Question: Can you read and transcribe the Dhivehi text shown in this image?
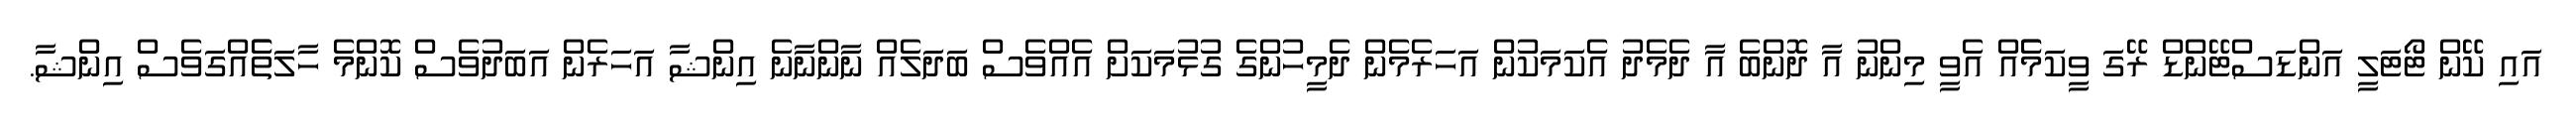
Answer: އައި ކޭން ޓޯޓަލީ އަންޑަސްޓޭންޑް ރޭގަ ވީކަމެެއް އެވީ މިންނު އާ ދޮންބެ އާ ދެމެދު އެކަމަކުން އަހަރެމެން ދެމީހުންގެ ގުޅުމަކަށް އެއްވެސް ބަދަލެއް ނާންނާނެ އިންޝާ އަހަރެން އަބަދުވެސް ކޮންމެ ހާލަތެެއްގަވެސް އިންޝާ.